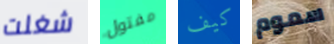
شغلت مفتول كيف سموم